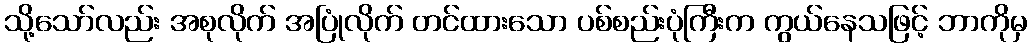
သို့သော်လည်း အစုလိုက် အပြုံလိုက် တင်ထားသော ပစ်စည်းပုံကြီးက ကွယ်နေသဖြင့် ဘာကိုမှ